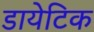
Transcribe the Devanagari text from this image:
डायेटिक